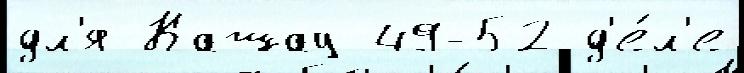
дл'я Кашау 49-52 д'е́л'е